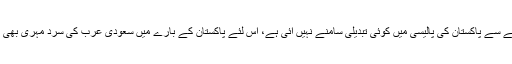
یمن جنگ کے حوالے سے پاکستان کی پالیسی میں کوئی تبدیلی سامنے نہیں آئی ہے، اس لئے پاکستان کے بارے میں سعودی عرب کی سرد مہری بھی کم نہیں ہوئی ہوگی۔